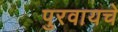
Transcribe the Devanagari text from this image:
पुरवायचे